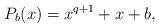
LaTeX: \begin{align*}P_b(x) = x^{q+1} + x + b,\end{align*}